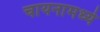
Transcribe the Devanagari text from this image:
चायनामध्ये